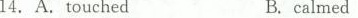
14. A.touchedB.calmed